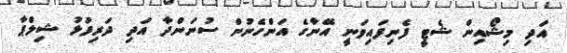
އަދި މިޝޯއިން ޝެޓީ ފެނިފައިވަނީ އޭނާގެ އަންހެނުން ސުނަންދާ އަދި ދަރިފުޅު ޝިލްޕާ